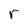
Character: r